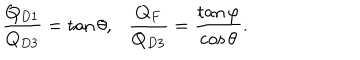
LaTeX: \frac { Q _ { D 1 } } { Q _ { D 3 } } = \tan \theta , \ \ \ \frac { Q _ { F } } { Q _ { D 3 } } = \frac { \tan \varphi } { \cos \theta } .